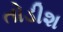
તોડીશ